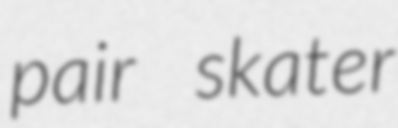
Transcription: pair skater